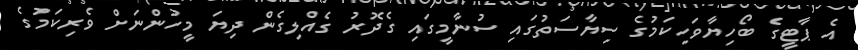
އެ ޕާޓީގެ ބޯހިޔާވަހިކަމުގެ ސިޔާސަތުގައި ސުނާމީގައި ގެދޮރު ގެއްލިގެން ދިޔަ މީހުންނަށް ވެރިކަމުގެ